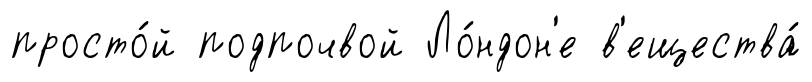
просто́й подпочвой Ло́ндон'е в'ещества́